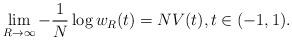
LaTeX: \begin{align*} \lim_{R \to \infty} - \frac{1}{N} \log w_R(t) = NV(t), t \in (-1,1). \end{align*}